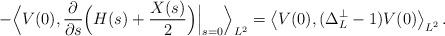
LaTeX: \begin{align*}-\Big\langle V(0),\frac{\partial}{\partial s}\Big(H(s)+\frac{X(s)}{2}&\Big)\Big|_{s=0}\Big\rangle_{L^2}=\left\langle V(0),(\Delta_L^{\perp}-1)V(0)\right\rangle_{L^2}.\end{align*}